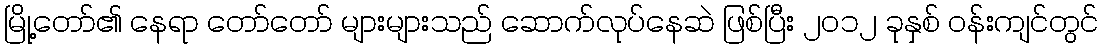
မြို့တော်၏ နေရာ တော်တော် များများသည် ဆောက်လုပ်နေဆဲ ဖြစ်ပြီး ၂၀၁၂ ခုနှစ် ဝန်းကျင်တွင်